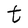
Character: t